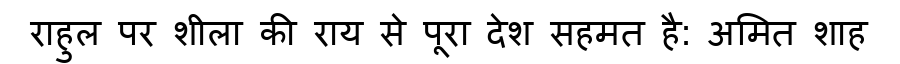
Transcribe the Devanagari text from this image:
राहुल पर शीला की राय से पूरा देश सहमत है: अमित शाह